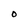
Character: O